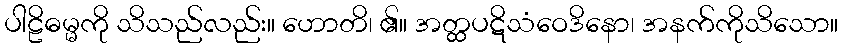
ပါဠိဓမ္မကို သိသည်လည်း။ ဟောတိ၊ ၏။ အတ္ထပဋိသံဝေဒိနော၊ အနက်ကိုသိသော။